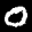
Label: 0